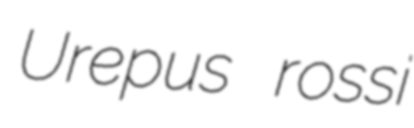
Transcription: Urepus rossi